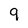
Character: 9